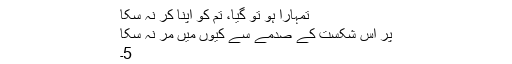
تمہارا ہو تو گیا، تم کو اپنا کر نہ سکا
پر اس شکست کے صدمے سے کیوں میں مر نہ سکا
5۔